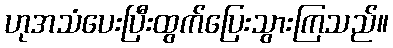
ဟုအသံပေးပြီးထွက်ပြေးသွားကြသည်။